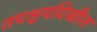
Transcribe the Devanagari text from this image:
तपश्चर्यादेखील